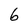
Character: 6